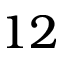
1 2